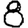
Digit: 8